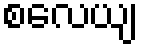
စလေယျ